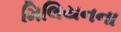
મિલિયનના